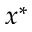
x ^ { * }